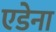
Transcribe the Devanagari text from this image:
एडेना